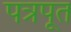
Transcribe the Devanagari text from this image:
पत्रपूत